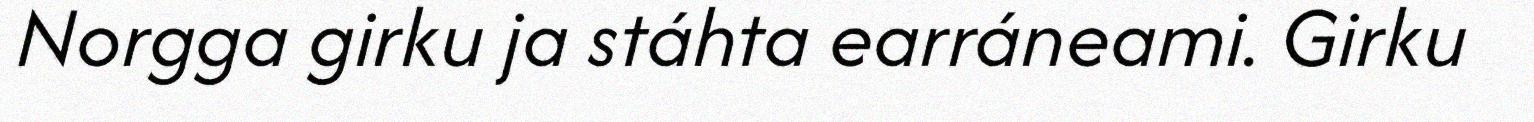
Norgga girku ja stáhta earráneami. Girku